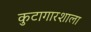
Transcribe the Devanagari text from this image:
कुटागारशाला